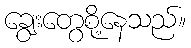
ချွေးတွေစို့နေသည်။